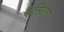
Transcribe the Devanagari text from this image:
कैस्टिला